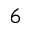
6